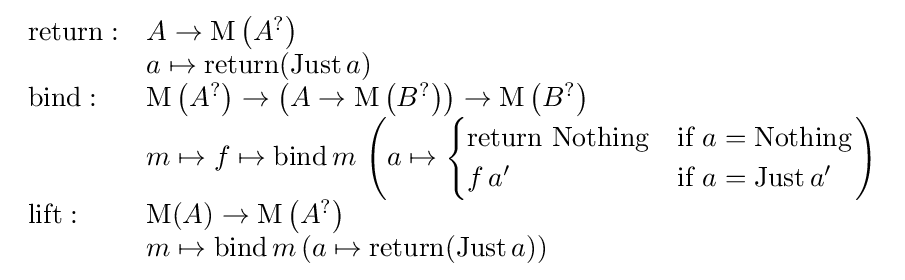
{\begin{array}{ll}\mathrm {return} :&A\rightarrow \mathrm {M} \left(A^{?}\right)\\&a\mapsto \mathrm {return} (\mathrm {Just} \,a)\\\mathrm {bind} :&\mathrm {M} \left(A^{?}\right)\rightarrow \left(A\rightarrow \mathrm {M} \left(B^{?}\right)\right)\rightarrow \mathrm {M} \left(B^{?}\right)\\&m\mapsto f\mapsto \mathrm {bind} \,m\,\left(a\mapsto {\begin{cases}{\mbox{return Nothing}}&{\mbox{if }}a=\mathrm {Nothing} \\f\,a'&{\mbox{if }}a=\mathrm {Just} \,a'\end{cases}}\right)\\\mathrm {lift} :&\mathrm {M} (A)\rightarrow \mathrm {M} \left(A^{?}\right)\\&m\mapsto \mathrm {bind} \,m\,(a\mapsto \mathrm {return} (\mathrm {Just} \,a))\end{array}}